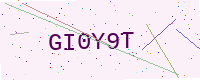
Text: GI0Y9T